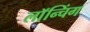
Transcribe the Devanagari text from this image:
लाॅन्चिंग